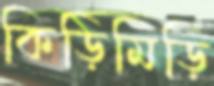
কিড়িমিড়ি